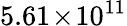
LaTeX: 5.61\! \times\! 10^{11}